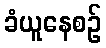
ခံယူနေစဉ်